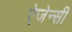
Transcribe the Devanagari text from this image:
ऐजेन्‍सी